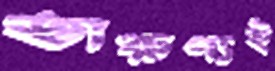
তারুণ্যই